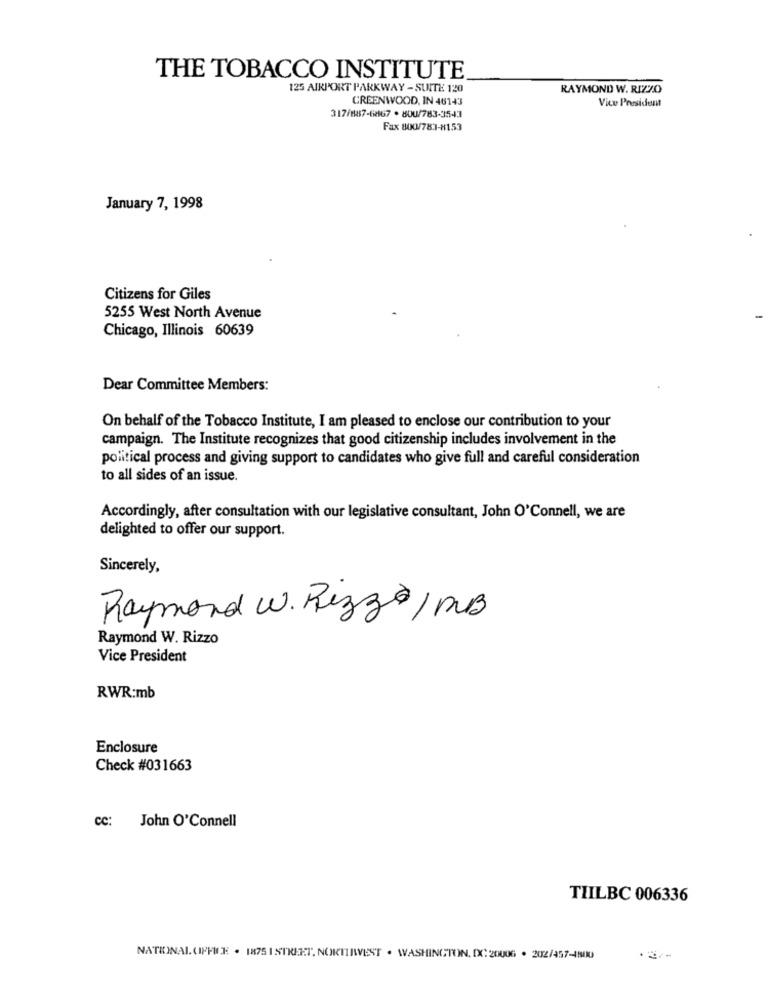
THE TOBACCO INSTITUTE
125 AIRPORT PARKWAY - SUITE 120
RAYMOND W. RIZZO
CREENWOOD, IN 48143
Vice President
317/887-6867 . 80U/783-3543
Fax 800/78:1-8153
January 7, 1998
Citizens for Giles
5255 West North Avenue
Chicago, Illinois 60639
Dear Committee Members:
On behalf of the Tobacco Institute, I am pleased to enclose our contribution to your
campaign. The Institute recognizes that good citizenship includes involvement in the
political process and giving support to candidates who give full and careful consideration
to all sides of an issue.
Accordingly, after consultation with our legislative consultant, John O'Connell, we are
delighted to offer our support.
Sincerely,
Raymond W. Rizzo/ MB
Raymond W. Rizzo
Vice President
RWR:mb
Enclosure
Check #031663
cc:
John O'Connell
TIILBC 006336
NATIONALOFFICE . 1875 1 STREET. NOKITISVEST . WASHINGTON, DC: 20006 . 202/457-1500